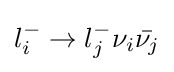
l_{i}^{-}\rightarrow l_{j}^{-}\nu _{i}{\bar {\nu _{j}}}